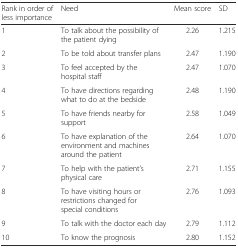
<table><thead><tr><td><b>Rank in order of less importance</b></td><td><b>Need</b></td><td><b>Mean score</b></td><td><b>SD</b></td></tr></thead><tbody><tr><td>1</td><td>To talk about the possibility of the patient dying</td><td>2.26</td><td>1.215</td></tr><tr><td>2</td><td>To be told about transfer plans</td><td>2.47</td><td>1.190</td></tr><tr><td>3</td><td>To feel accepted by the hospital staff</td><td>2.47</td><td>1.070</td></tr><tr><td>4</td><td>To have directions regarding what to do at the bedside</td><td>2.48</td><td>1.190</td></tr><tr><td>5</td><td>To have friends nearby for support</td><td>2.58</td><td>1.049</td></tr><tr><td>6</td><td>To have explanation of the environment and machines around the patient</td><td>2.64</td><td>1.070</td></tr><tr><td>7</td><td>To help with the patient’s physical care</td><td>2.71</td><td>1.155</td></tr><tr><td>8</td><td>To have visiting hours or restrictions changed for special conditions</td><td>2.76</td><td>1.093</td></tr><tr><td>9</td><td>To talk with the doctor each day</td><td>2.79</td><td>1.112</td></tr><tr><td>10</td><td>To know the prognosis</td><td>2.80</td><td>1.152</td></tr></tbody></table>